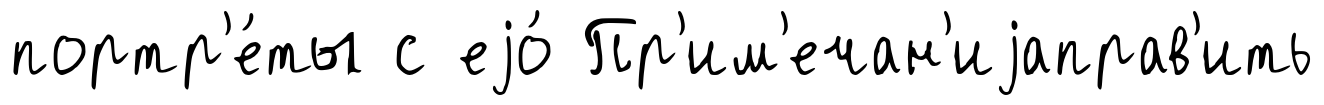
портр'е́ты с еjо́ Пр'им'ечан'иjаправ'ить